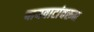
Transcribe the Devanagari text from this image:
पायवाटांवरून